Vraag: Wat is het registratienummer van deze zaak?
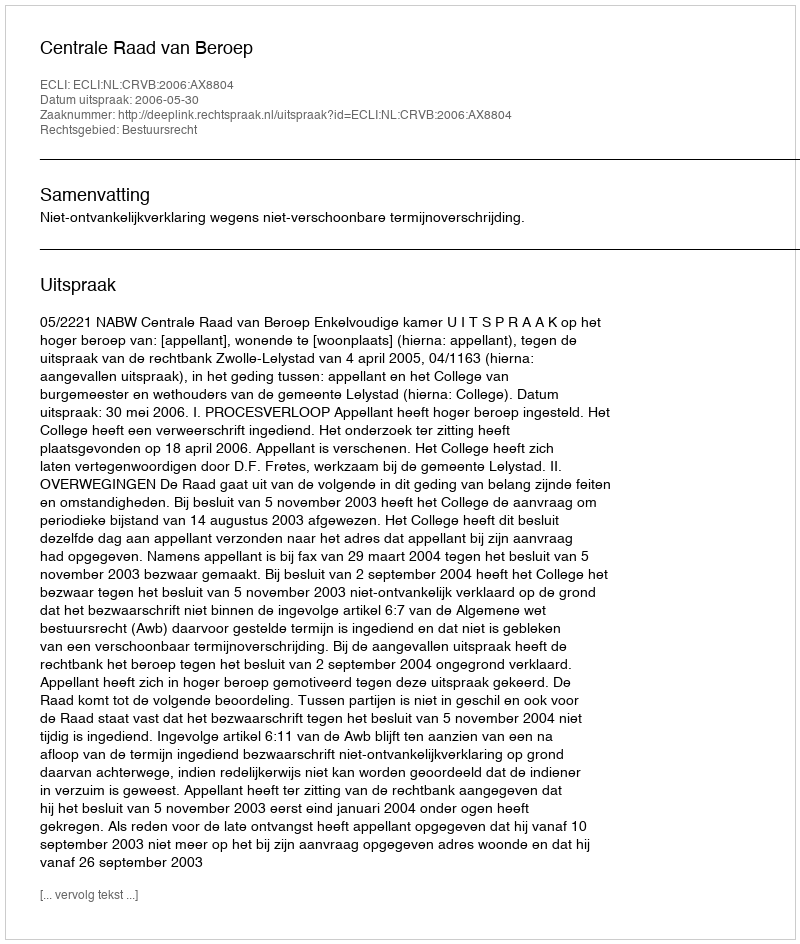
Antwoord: http://deeplink.rechtspraak.nl/uitspraak?id=ECLI:NL:CRVB:2006:AX8804